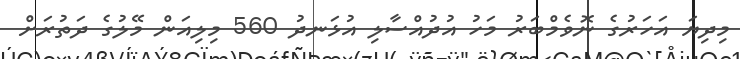
މިދިޔަ އަހަރުގެ ނޮވެމްބަރު މަހު އުދުއްސާލި އުޅަނދު 560 މިލިއަން މޭލުގެ ދަތުރަށް